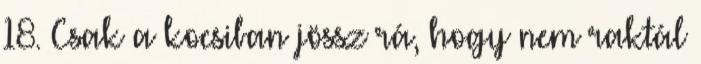
18. Csak a kocsiban jössz rá, hogy nem raktál